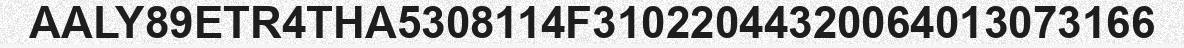
AALY89ETR4THA5308114F31022044320064013073166